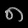
Digit: ၈